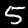
Digit: 5